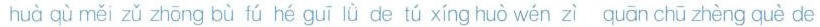
huà qù měi zǔ zhōng bù fú hé guī lǜ de tú xíng huò wén zì quān chū zhèng què de